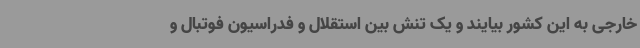
خارجی به این کشور بیایند و یک تنش بین استقلال و فدراسیون فوتبال و